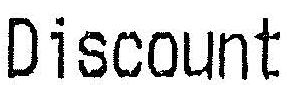
DISCOUNT